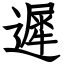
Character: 遲